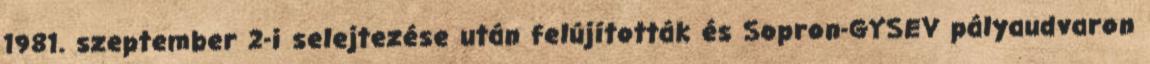
1981. szeptember 2-i selejtezése után felújították és Sopron-GYSEV pályaudvaron